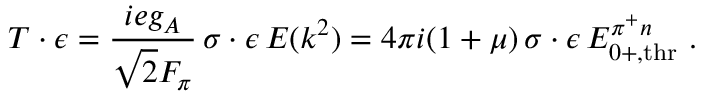
\boldsymbol { T } \cdot \boldsymbol { \epsilon } = \frac { i e g _ { A } } { \sqrt { 2 } F _ { \pi } } \, \boldsymbol { \sigma } \cdot \boldsymbol { \epsilon } \, E ( k ^ { 2 } ) = 4 \pi i ( 1 + \mu ) \, \boldsymbol { \sigma } \cdot \boldsymbol { \epsilon } \, E _ { 0 + , \mathrm { t h r } } ^ { \pi ^ { + } n } ~ .